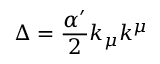
\Delta = \frac { \alpha ^ { \prime } } { 2 } k _ { \mu } k ^ { \mu }